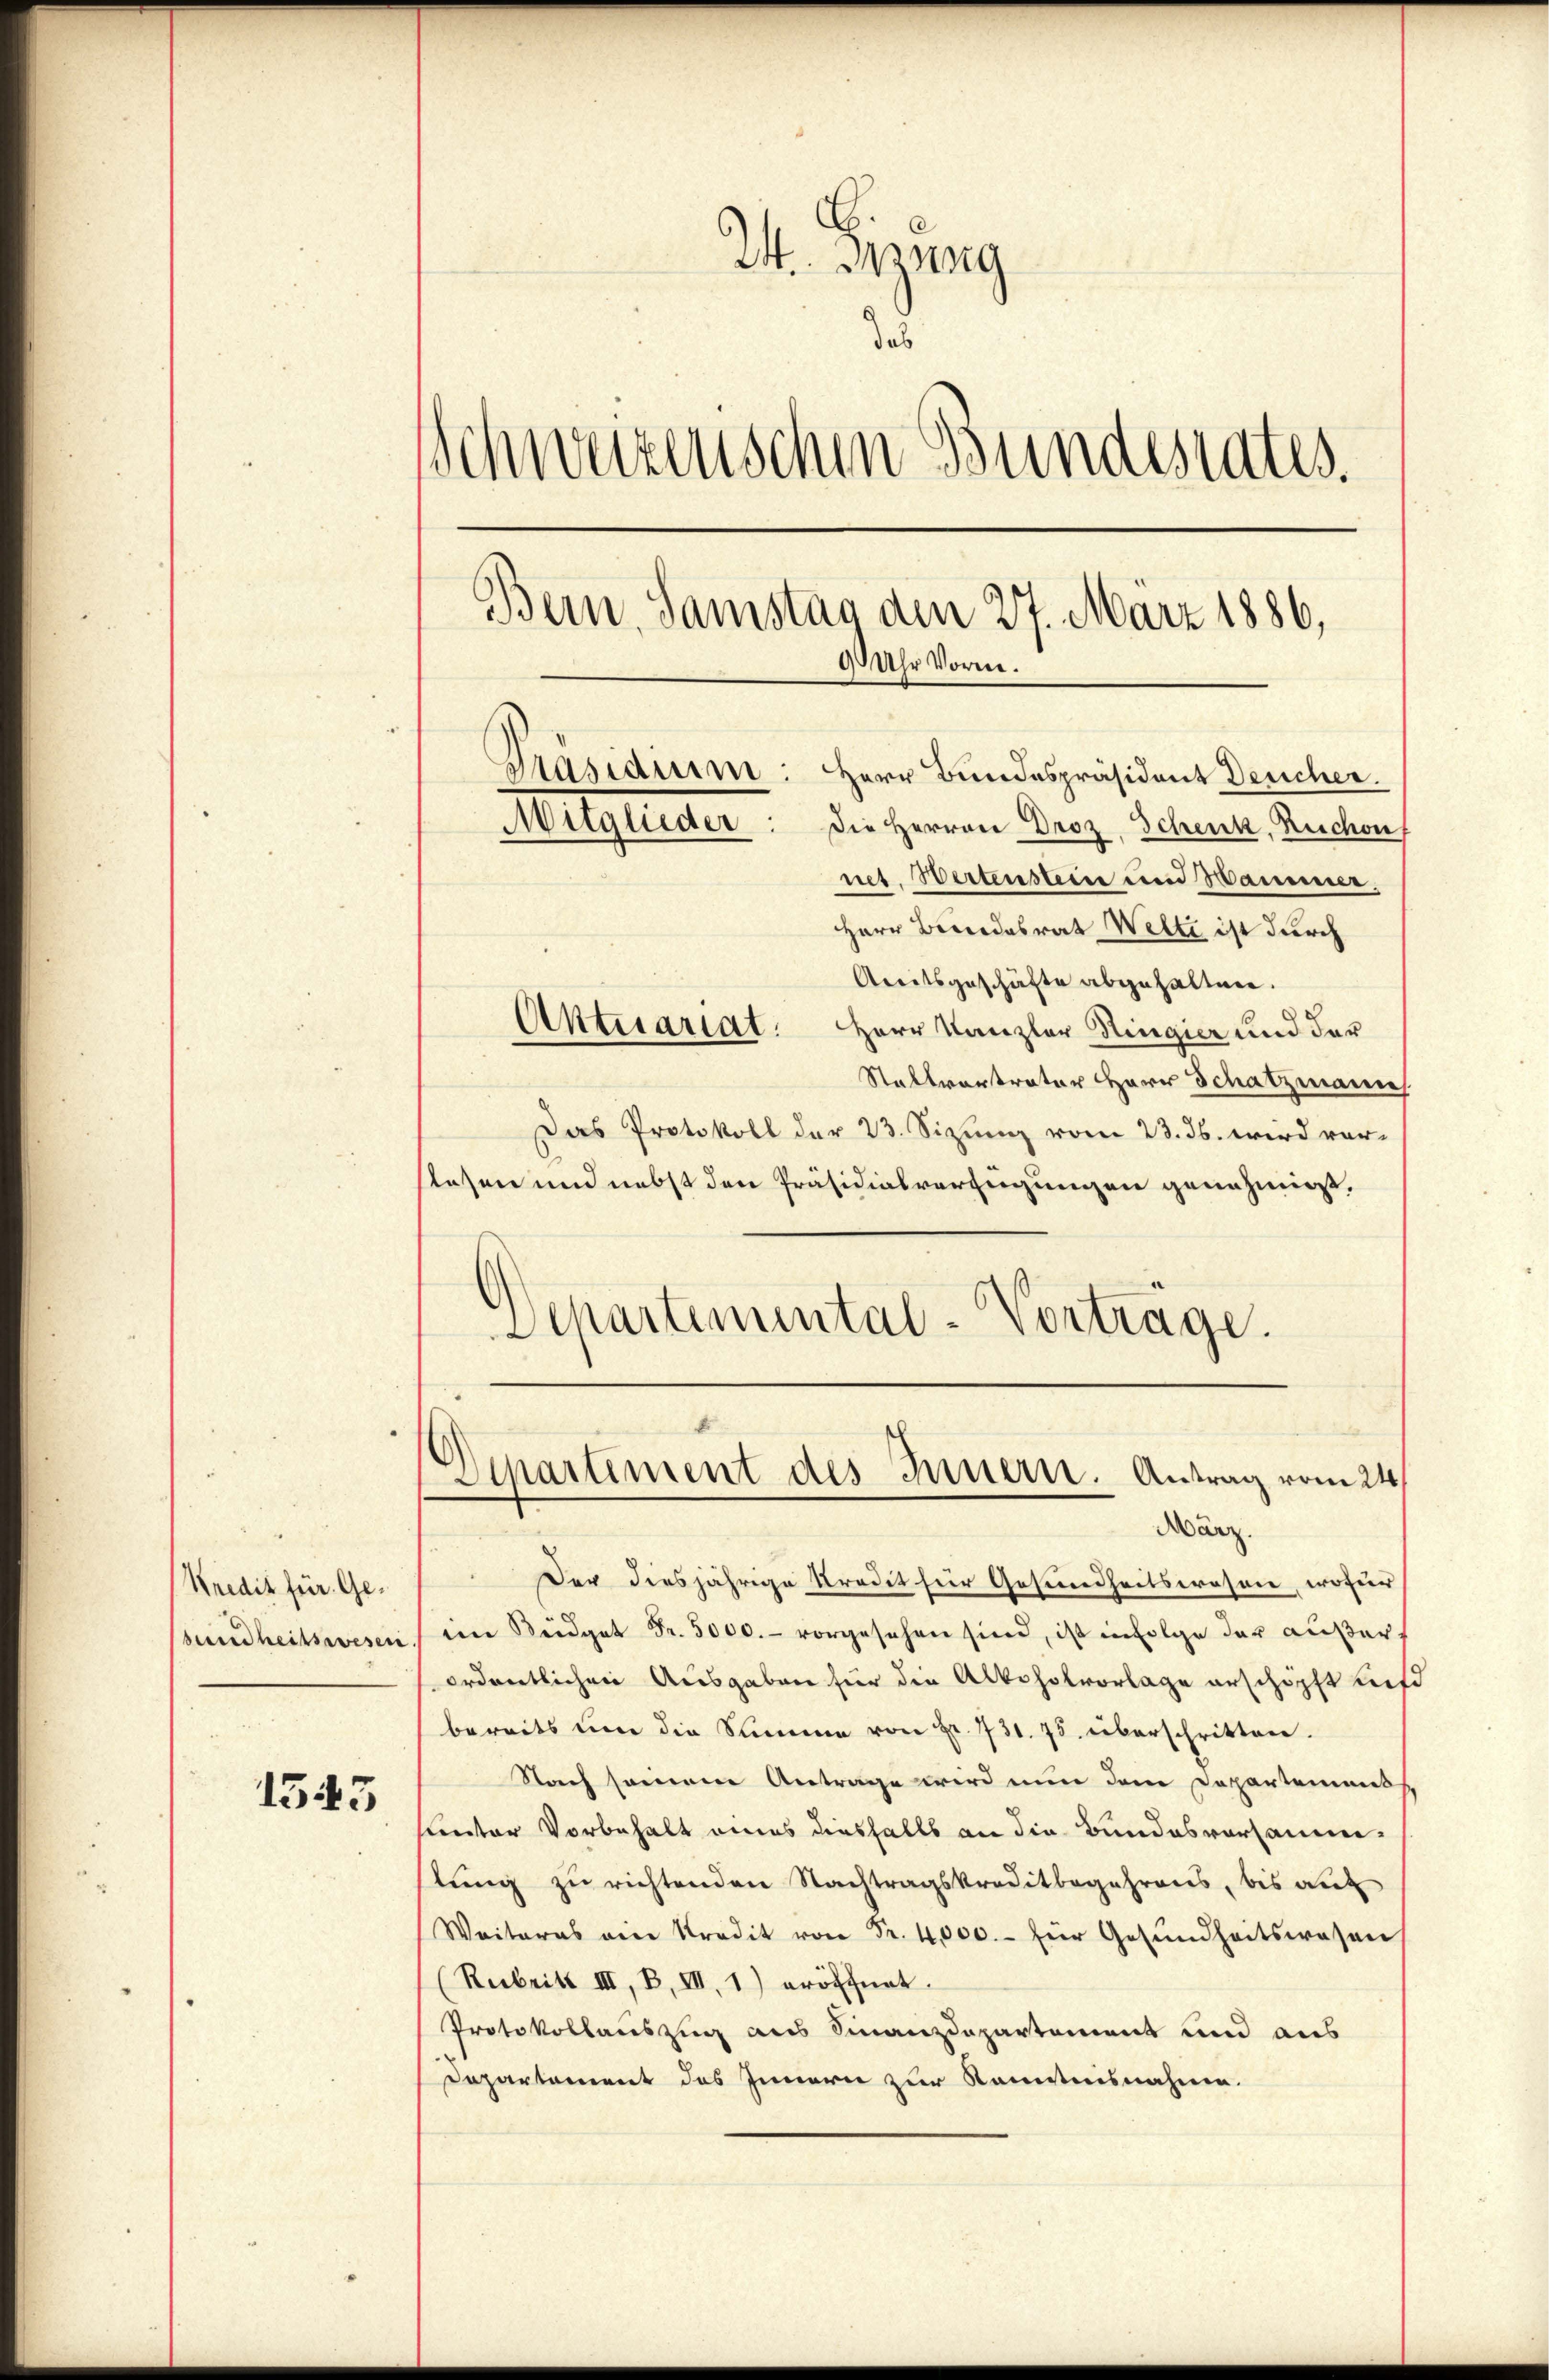
Kredit für Gesundheitswesen

1543

24. Jung
das
Schweizerischen Bundesrates.
Bern, Samstag den 27. März 1886,
9 Uhr Voren.
Präsidium: Herr Bundespräsident Deucher.
Mitglieder: die Herren Droz, Schenk, Ruchouf
net. Wertenstein und Hammer.
Herr Bindesrat Welti ist durch
Areitsgeschäfte abgehalten.
Aktuariat. Herr Kanzler Ringier und der

Stattvortrater Herr Schatzmann
Das Protokoll der 23. Sizung vom 23. ds. wird verstessen und nebst den Präsidialverfügungen genehmigt.
Separtemental-Vorträge.
Der diesjährige Kredit für Gesundheitswesen, wofür
im Büdget Fr. 5000.- vorgesehen sind, ist infolge der außerordentlichen Ausgaben für die Alkoholvorlage erschöpft tiefe
bereits ŭm die Summe von Fr. 731. 75. überschritten.
Nach seinem Antrage wird nun dem Departemens
hunter Vorbehalt eines diesfalls an die Bundesversäumilŭng zu richtenden Nachtragskreditbegehrens, bis auf
Weiteres ein Kredit von Fr. 4000. für Gesŭndheitswesen
(Rubritt III, B, III, 1) eröffnet.
Protokollauszug aus Finanzdepartement und aus
Departement des Innern zur Kenntnisnahme.

)
Separtiment des Innern. Antrag vom 24.
März.